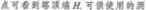
点可看到塔顶端H。可供使用的测